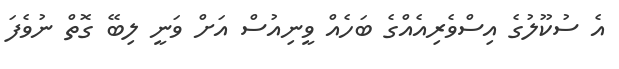
އެ ސުކޫލުގެ އިސްވެރިއެއްގެ ބަހެއް ވީނިއުސް އަށް ވަނީ ލިބޭ ގޮތް ނުވެފަ